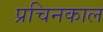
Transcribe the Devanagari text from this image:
प्रचिनकाल